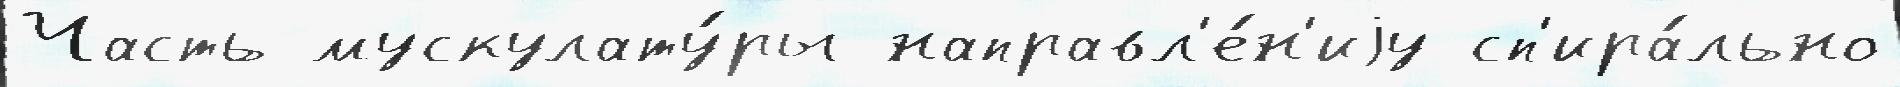
Часть мускулату́ры направл'е́н'иjу сп'ира́льно